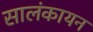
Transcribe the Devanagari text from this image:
सालंकायन